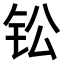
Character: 𫓪